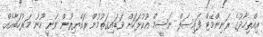
އިއްތިހާދުގެ ރަނިންމޭޓް ފައިސަލް ނަސީމް އުކުޅަހަށް ވަޑައިގަތުމުން ރައްޔިތުން ވަނީ ހޫނު މަރުހަބާއެއް